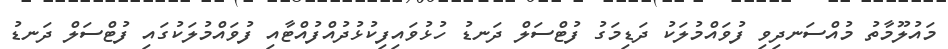
މައުލޫމާތު މުއްސަނދިވި ފުވައްމުލަކު ދަޑިމަގު ފުޓްސަލް ދަނޑު ހުޅުވައިފިކުޅުދުއްފުއްޓާއި ފުވައްމުލަކުގައި ފުޓްސަލް ދަނޑު